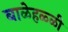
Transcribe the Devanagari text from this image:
बाळेहळ्ळी